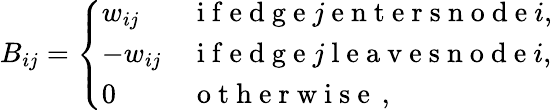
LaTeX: B_{ij}=\left\{ \begin{array}{ll}{w_{ij}}&{\mathrm{~i~f~e~d~g~e~}j\mathrm{~e~n~t~e~r~s~n~o~d~e~}i,}\\ {-w_{ij}}&{\mathrm{~i~f~e~d~g~e~}j\mathrm{~l~e~a~v~e~s~n~o~d~e~}i,}\\ {0}&{\mathrm{~o~t~h~e~r~w~i~s~e~}\, ,}\end{array}\right.